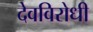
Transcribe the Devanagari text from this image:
देवविरोधी